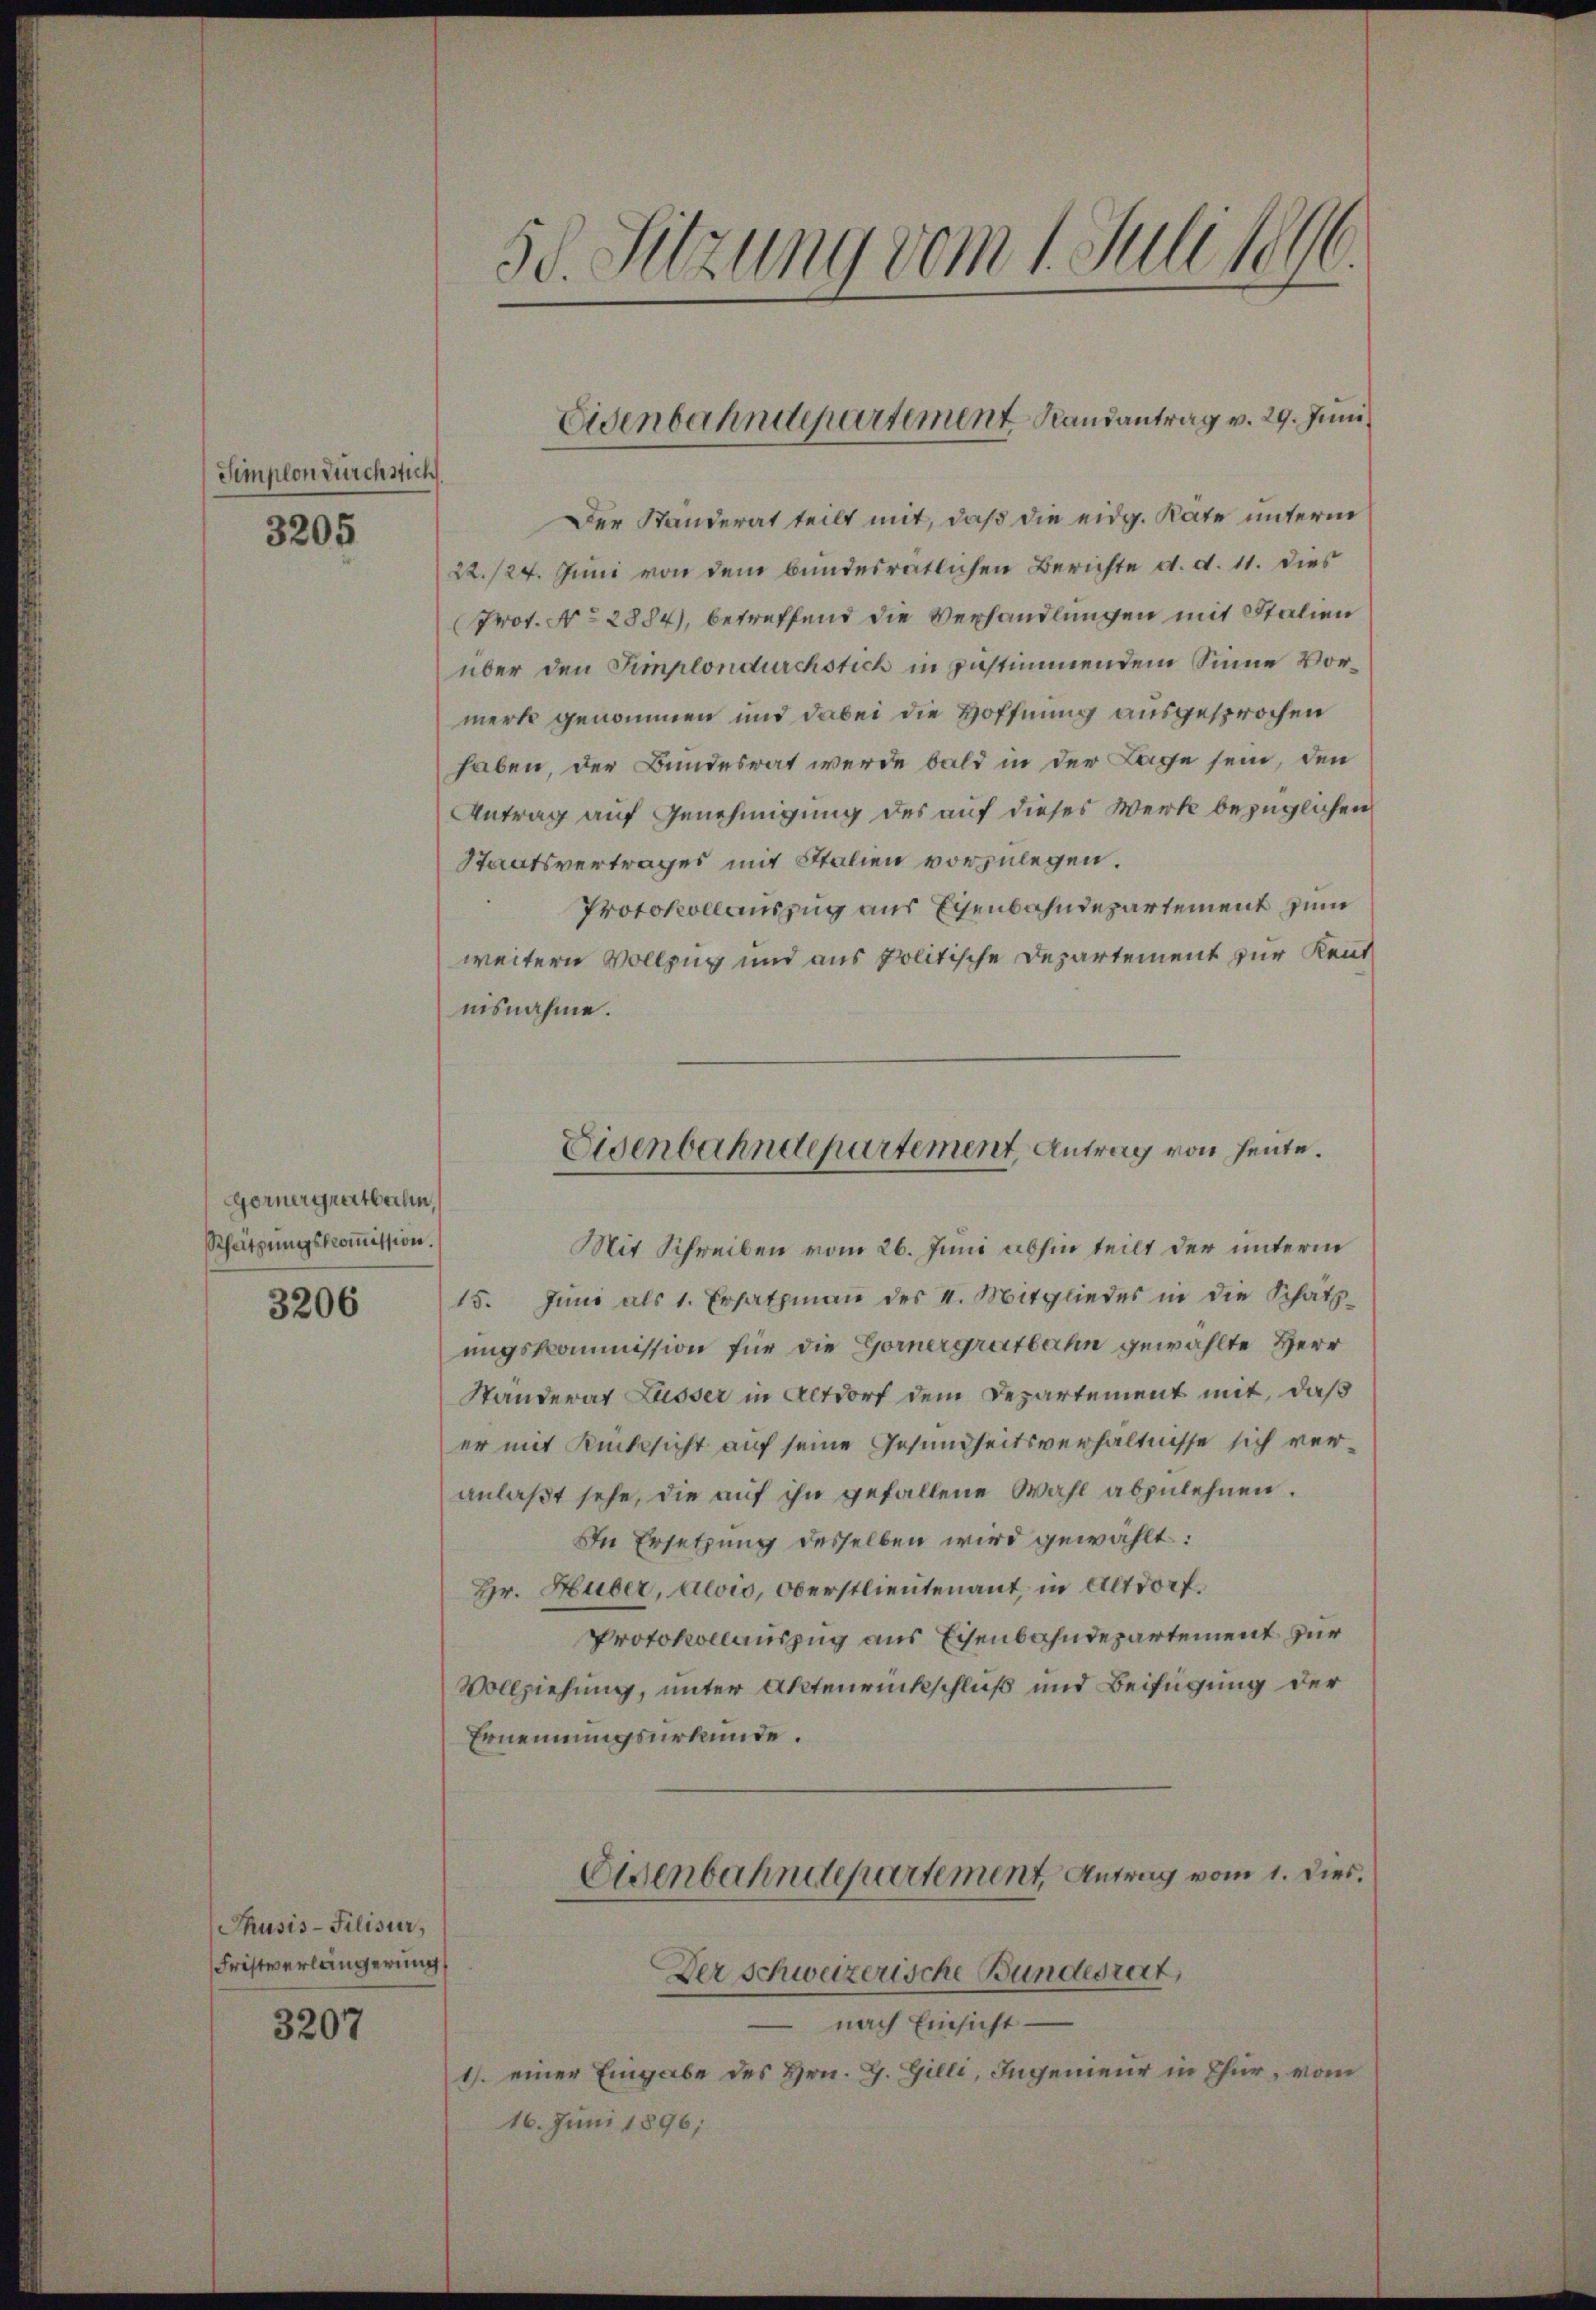
Simplon zürchstich.
3205

Gornergreitbahn,
Scheitzungskommission.
3206

Thusis-Filisier,
Fristverlängerung
3207

30. Sitzung vom 1. Juli 1896.

Der Ständerat teilt mit, daß die eidg. Räte unterm
22./24. Juni von dem bundesrätlichen Berichte d. d. 11. dies
Prot. No 2884), betreffend die Verhandlungen mit Stalien
über den Simplondurchstich in zustimmendem Sinne Vormerk genommen und dabei die Hoffnung ausgesprochen
haben, der Bundesrat werde bald in der Lage sein, den
Antrag auf Genehmigung des auf dieses Werk bezüglichen
Staatsvertrages mit Italien vorzulegen.
Protokollauszug aus Eisenbahndepartement zum
weitern Vollzug und aus politische Departement zur Kenntiisnahme.
Mit Schreiben vom 26. Juni abhin teilt der unterm
15. Juni als 1. Ersatzmaṅ des II. Mitgliedes in die Schätzungskommission für die Gornergratbahn gewählte Herr
Standerat Lusser in Altdorf dem Departement mit, daß
er mit Rücksicht auf seine Gesundheitsverhältnisse sich veranlaßt sehe, die auf ihn gefallene Wahl abzulehnen.
In Ersetzung desselben wird gewählt:
Hr. Huber, Alois, Oberstlieutenant, in Altdorf.
Protokollauszug aus Eisenbahndepartement zur
Vollziehung, unter Aktenrückschluß und Beifügung der
Ernennungsurkunde.
Eisenbahndepartement Antrag vom 1. Dies.
Der Schweizerische Bundesrat,
 nach Einsicht
1/. einer Eingabe des Hrn. G. Gilli, Ingenieur in Chur, vom
16. Juni 1896;

Eisenbahndepartement Randantrag v. 29. Juni

Eisenbahndepartement, Antrag von heute.